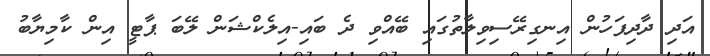
އަދި ދާދިފަހުން އިނގިރޭސިވިލާތުގައި ބޭއްވި ދެ ބައި-އިލެކްޝަން ލޭބަ ޕާޓީ އިން ކާމިޔާބު